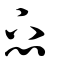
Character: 忑